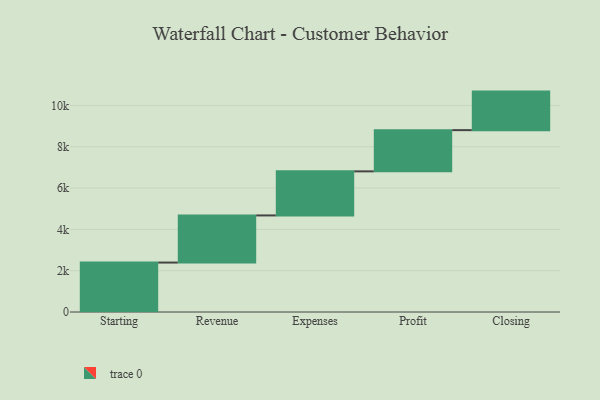
{"axis": {"x": "Step", "y": "Value"}, "legend": [""], "data": [{"x": "Starting", "y": 2394.0, "type": ""}, {"x": "Revenue", "y": 2282.0, "type": ""}, {"x": "Expenses", "y": 2134.0, "type": ""}, {"x": "Profit", "y": 1996.0, "type": ""}, {"x": "Closing", "y": 1866.0, "type": ""}]}